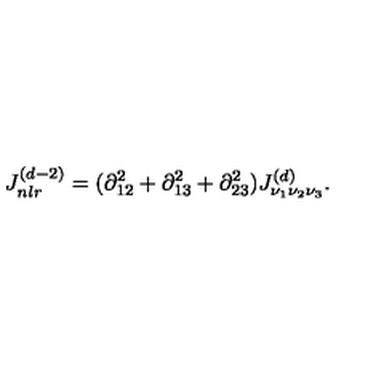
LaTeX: J _ { n l r } ^ { ( d - 2 ) } = ( \partial _ { 1 2 } ^ { 2 } + \partial _ { 1 3 } ^ { 2 } + \partial _ { 2 3 } ^ { 2 } ) J _ { \nu _ { 1 } \nu _ { 2 } \nu _ { 3 } } ^ { ( d ) } .